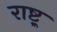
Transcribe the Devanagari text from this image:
राष्ट्र्